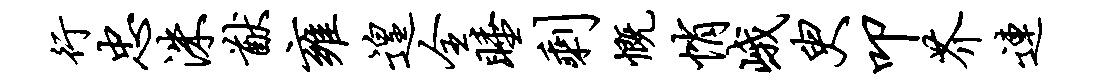
行忠洙猷雍遑全睡剩慨悄峨臾叩芥连